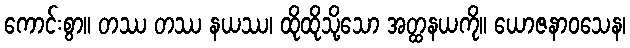
ကောင်းစွာ။ တဿ တဿ နယဿ၊ ထိုထိုသို့သော အတ္ထနယကို။ ယောဇနာဝသေန၊